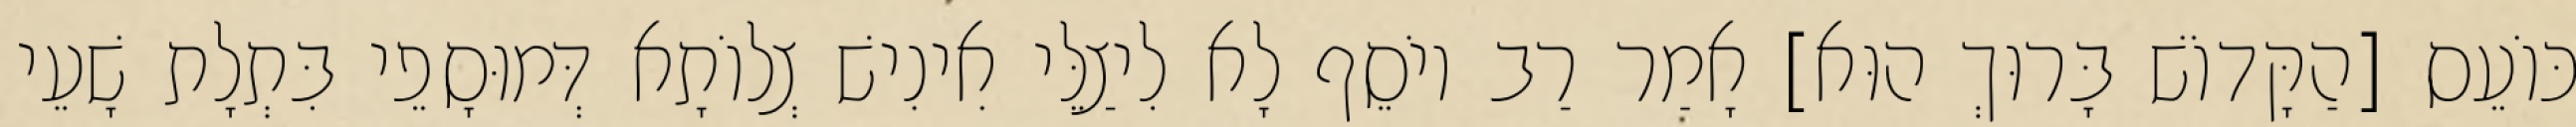
כּוֹעֵס [הַקָּדוֹשׁ בָּרוּךְ הוּא] אָמַר רַב יוֹסֵף לָא לִיצַלֵּי אִינִישׁ צְלוֹתָא דְּמוּסָפֵי בִּתְלָת שָׁעֵי